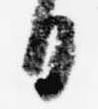
日